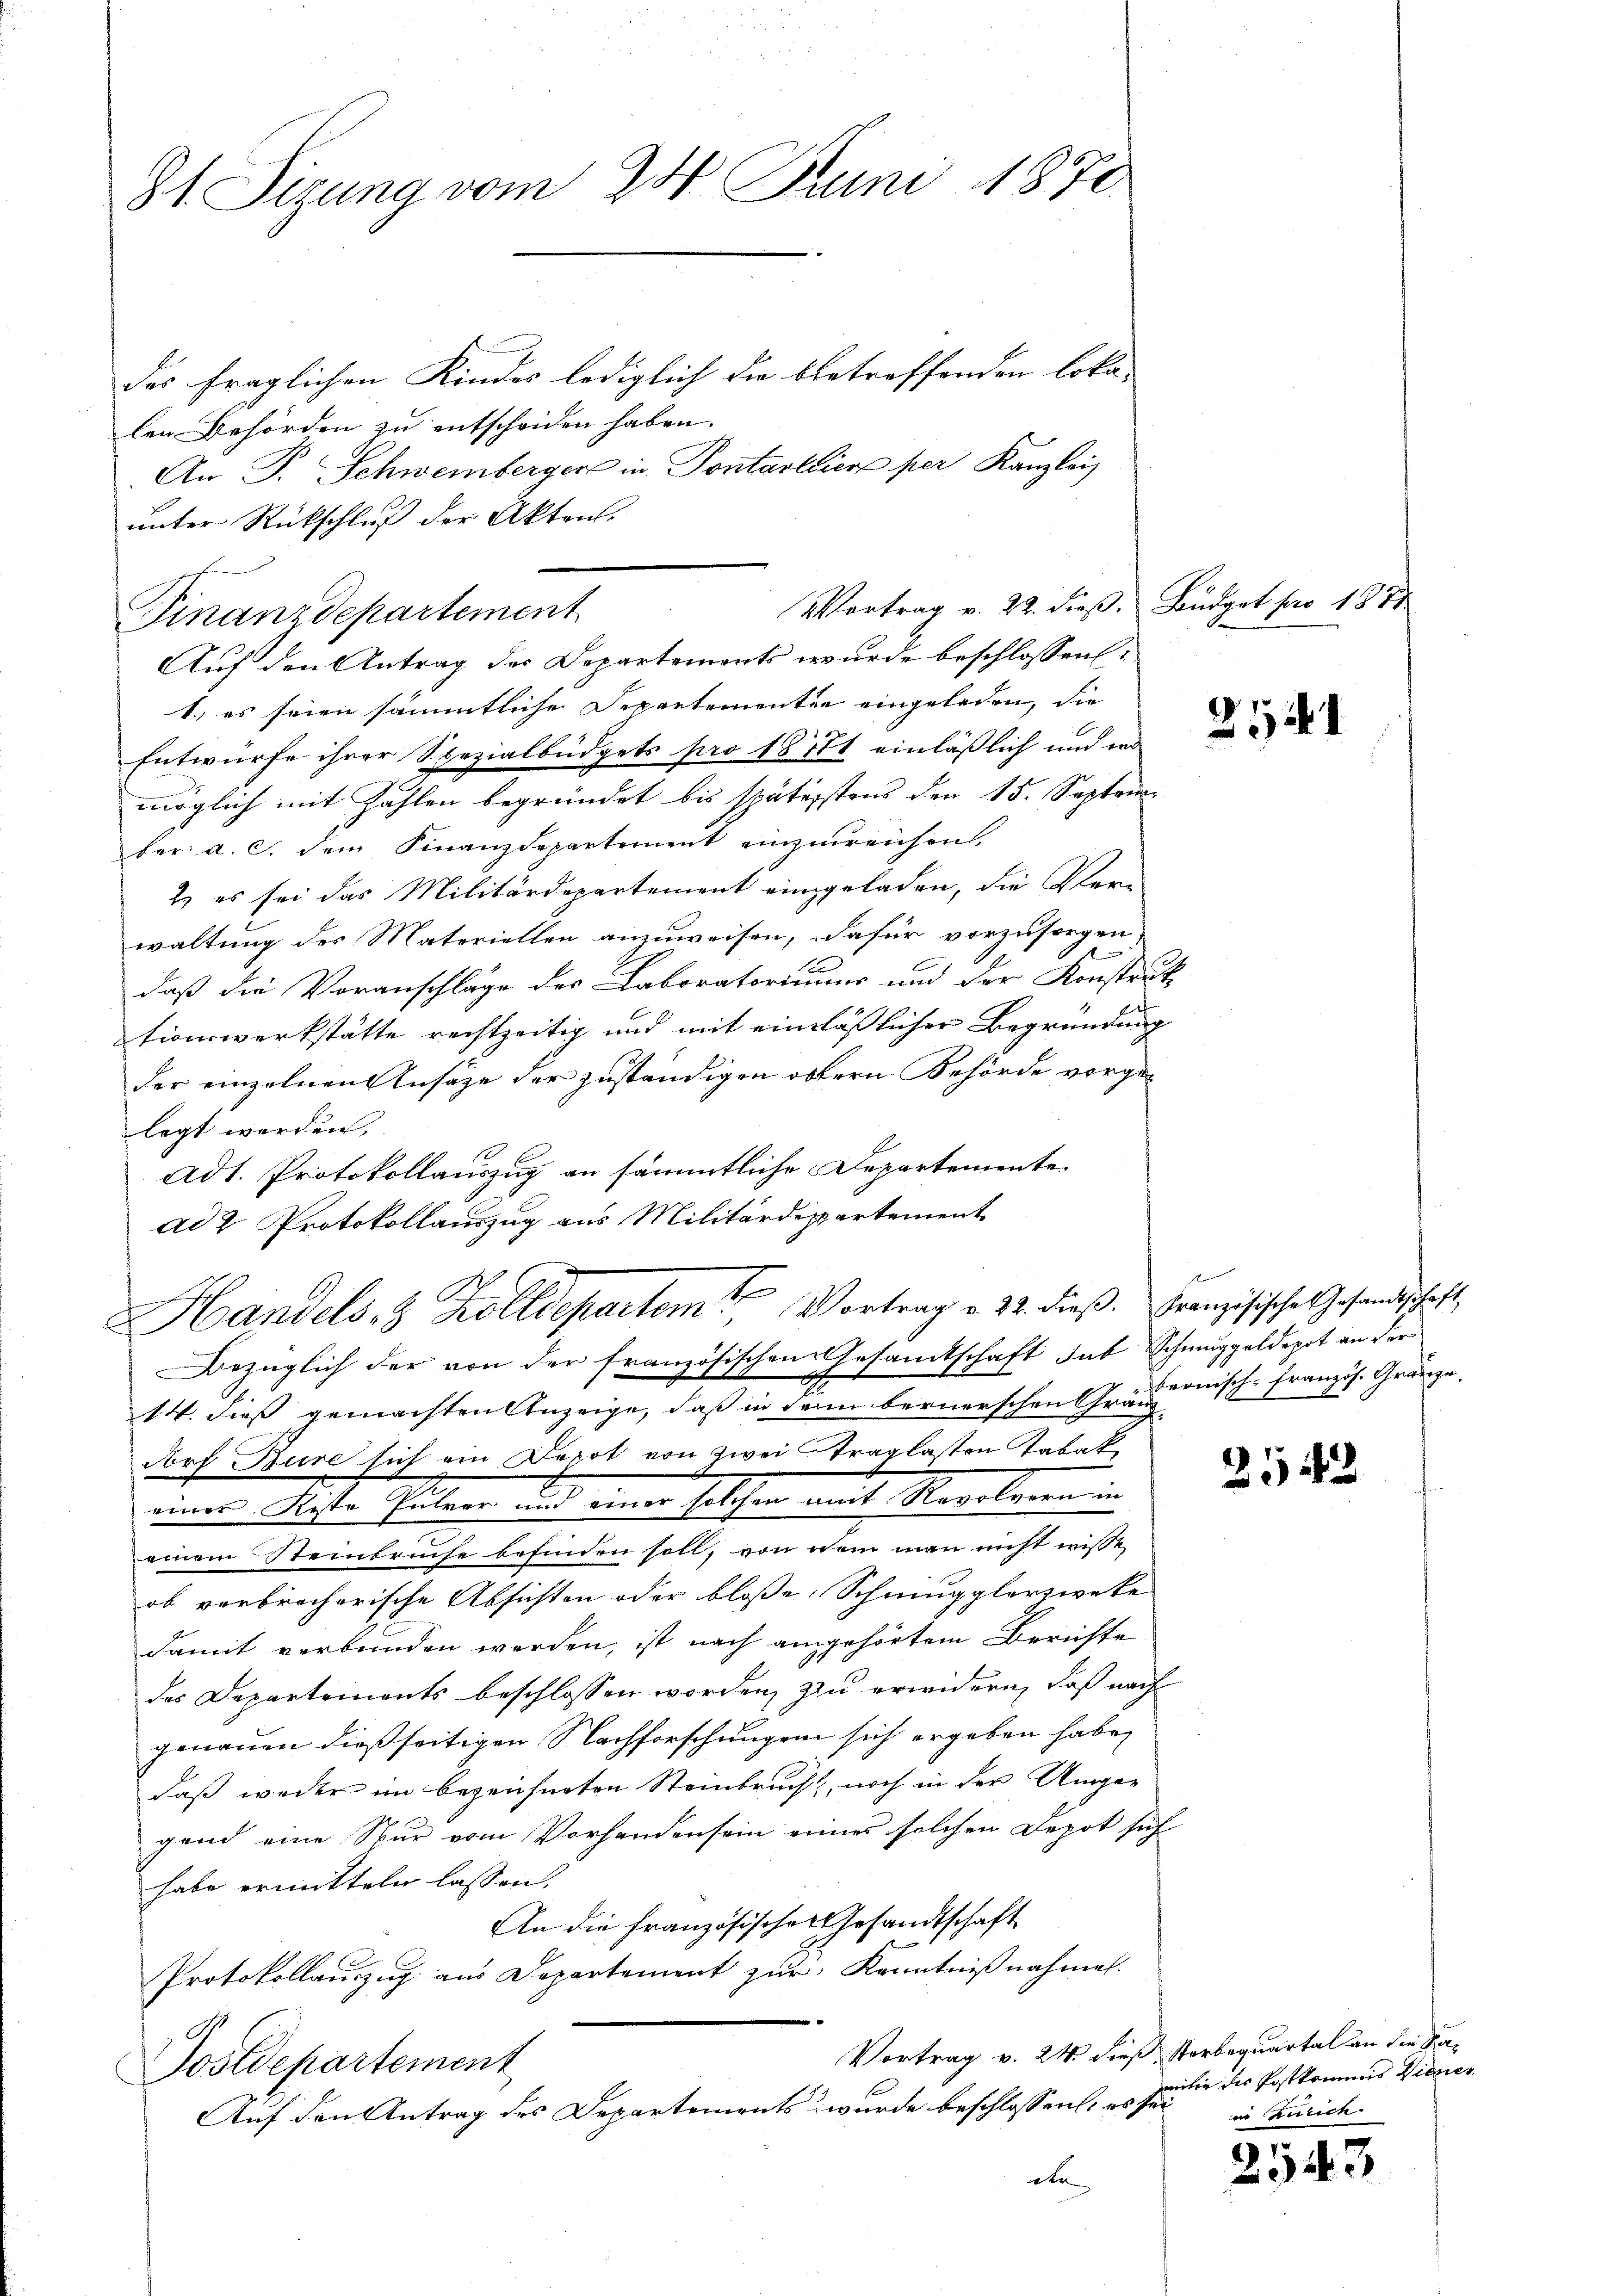
8t. Sizung vom 24. Juni 1870.

des fraglichen Kindes lediglich die betreffenden Lokalen Behörden zu entscheiden haben. |
An P. Schweinberger in Pontalien per Kanzlei
unter Rückschluß der Akten.

Vortrag v. 22. dieß. Büdget pro 1871
Finanzdepartement

Handels- & Zolldepartem Vortrag v. 22. dieß. Französische Gesandtschaft,

Auf den Antrag des Departements wurde beschlossen-
1.) es seien sämmtliche Departementen eingeladen, die
Entwurfe ihrer Spezialbüdgets pro 18771 einlässlich und wo
möglich mit Zahlen begründet bis spätigstens den 15. Septem
ber a. c. dem Finanzdepartement einzureichen.
2. es sei das Militärdepartement eingeladen, die Ver-
waltung des Materiellen anzuweisen, dafür vorzusorgen.
daß die Voranschläge des Laboratoriums und der Konstruk
tionswerkstätte rechtzeitig und mit einläßlicher Begründung
der einzelnen Ansage der zuständigen obern Behörde vorgelegt werden.
Ad 1. Protokollauszug an sämmtliche Departemente
ad 2 Protokollauszug aus Militärdeppartement
Bezüglich der von der französischen Gesandtschaft hat Schmuggeldepot an der
14. diess gemachten Anzeige, daß in dem bernerschen Gränz
Norf Bure sich ein Depot von zwei traglasten Tabak
einer Kiste Gütern und eine solchen mit Realeren in
einem Steinbruche befinden soll, von dem man nicht wisse
ob verbrecherische Absichten oder bloße Schningglerzweke
damit verbunden werden, ist nach angehörtem Berichte
des Departements beschlossen worden, zu erwidern, daß nach
genauen dießseitigen Nachforschungen sich ergeben habe,
daß weder im bezeichneten Steinbrucht, noch in der Umgegend eine Nur vom Vorhanden sein eines solchen Depot sich
habe ermitteln lassen.
An die französischer Gesandtschaft
Protokollauszug aus Departement zur Kenntnißnahmen.
Vortrag v. 24. dieß Sterbequartal an die Fa¬
Postdepartement
Auf den Antrag des Departements wurde beschlossen, es fürder

u

21

bernisch-Französ. Gränze,

2542

niter des Postkommis Vierer
in Zürich

5
2943